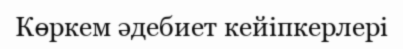
Көркем әдебиет кейіпкерлері